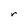
Character: r